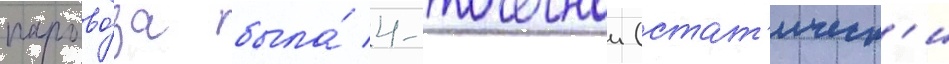
парово́за была́ 4-точечнои (стат'ическ'и